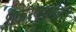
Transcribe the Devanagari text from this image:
शंकरणकोली